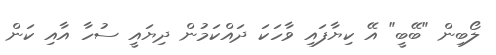
ލޯބިން "ބޭބީ" އޭ ކިޔާފައި ވާހަކަ ދައްކަމުން ދިޔައީ ސުހާ އާއި ކަން